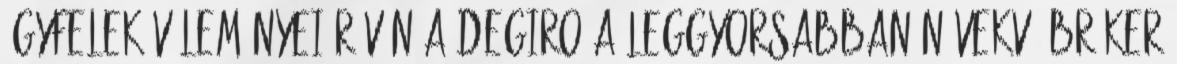
ügyfelek véleményei révén a DEGIRO a leggyorsabban növekvő bróker